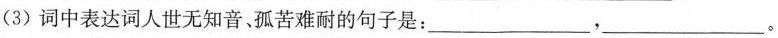
(3)词中表达词人世无知音、孤苦难耐的句子是：___，___。